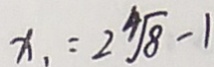
x _ { 1 } = 2 \sqrt [ 4 ] { 8 } - 1